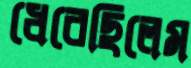
ধেরেছিলেম